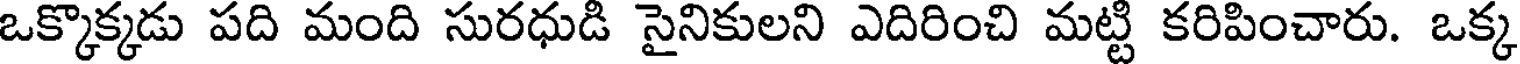
ఒక్కొక్కడు పది మంది సురధుడి సైనికులని ఎదిరించి మట్టి కరిపించారు. ఒక్క